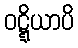
ဝဋ္ဋိယာပိ